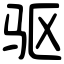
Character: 驱